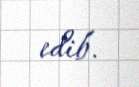
edib.